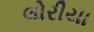
લોરીયા